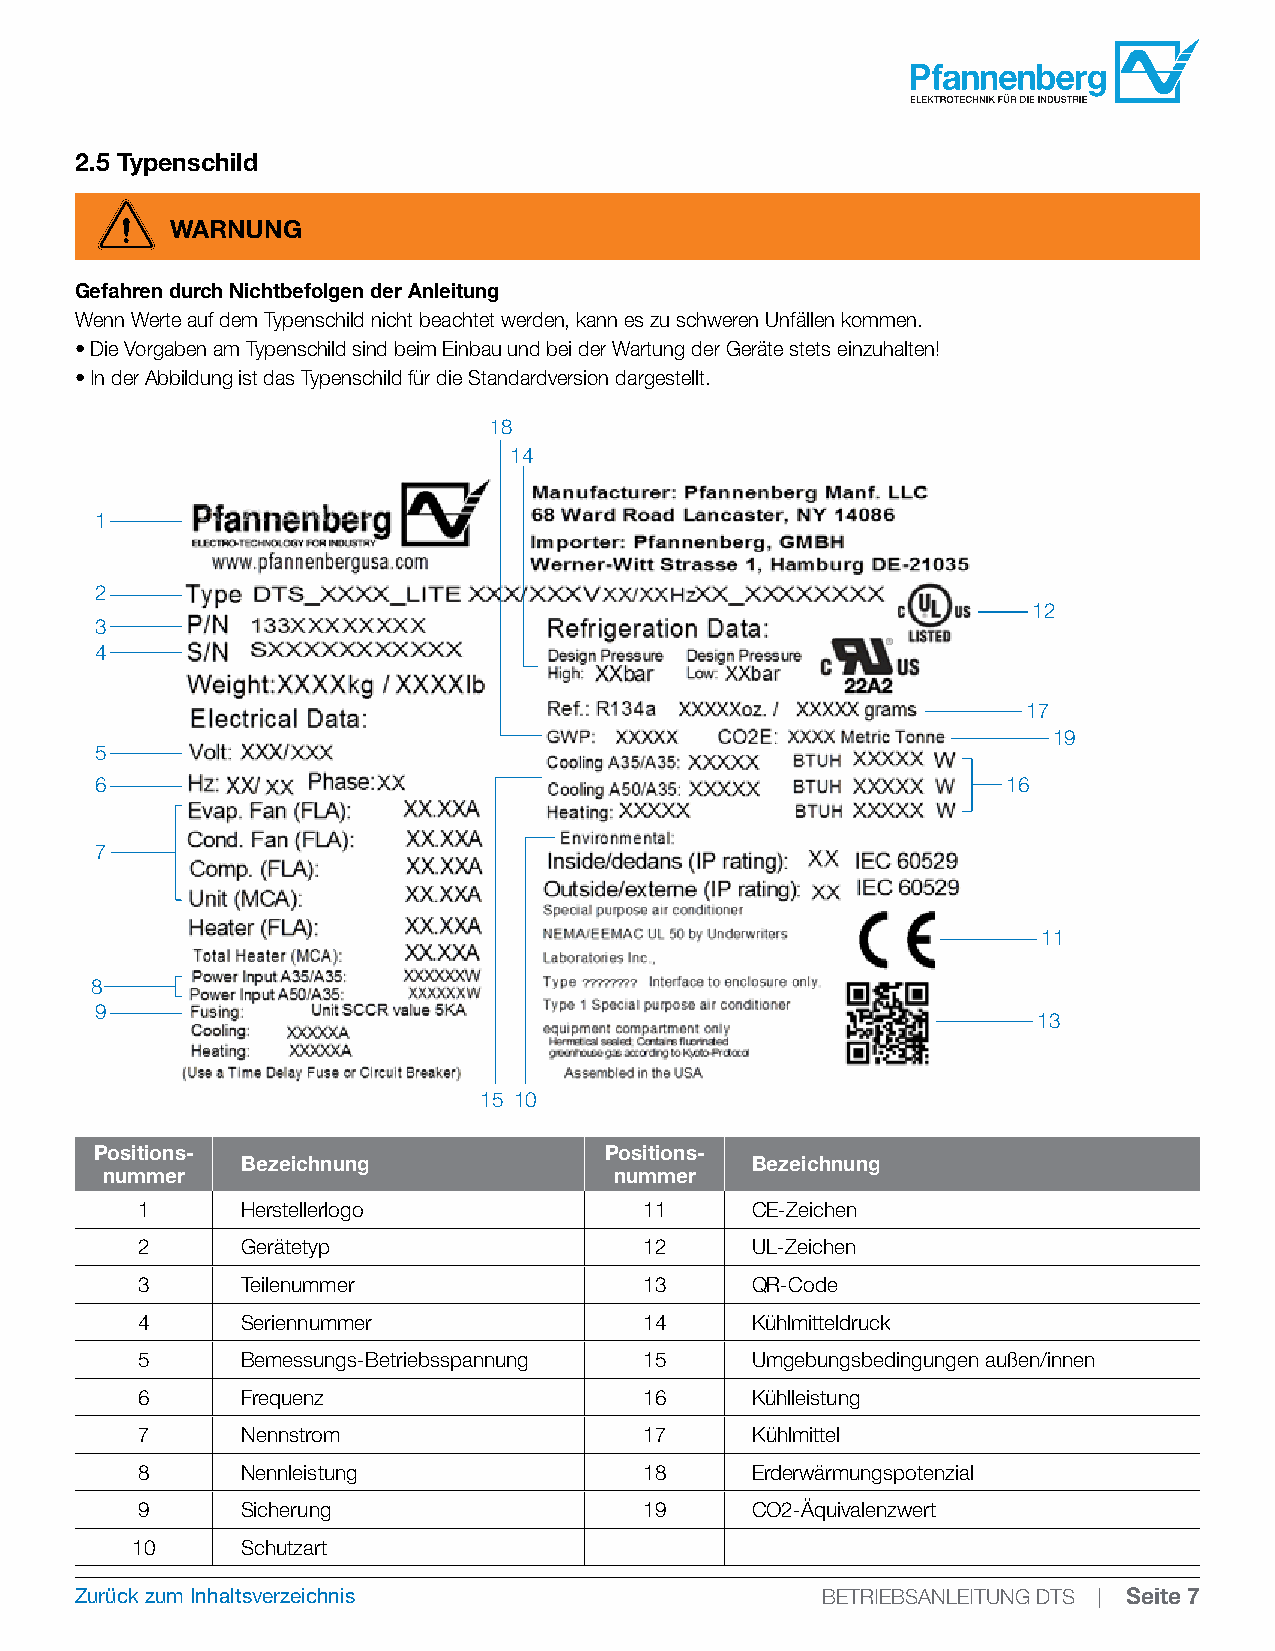
2.5 Typenschild
 WARNUNG
 Gefahren durch Nichtbefolgen der Anleitung
 Wenn Werte auf dem Typenschild nicht beachtet werden, kann es zu schweren Unfällen kommen.
 • Die Vorgaben am Typenschild sind beim Einbau und bei der Wartung der Geräte stets einzuhalten!
 • In der Abbildung ist das Typenschild für die Standardversion dargestellt.
 14
 1
 2
 12
 3
 4
 17
 19
 5
 6                                                            16
 7
 11
 8
 9
 13
 15 10
 Positions-                        Positions-
 Bezeichnung                       Bezeichnung
 nummer                            nummer
 1      Herstellerlogo             11     CE-Zeichen
 2      Gerätetyp                  12     UL-Zeichen
 3      Teilenummer                13     QR-Code
 4      Seriennummer               14     Kühlmitteldruck
 5      Bemessungs-Betriebsspannung 15    Umgebungsbedingungen außen/innen
 6      Frequenz                   16     Kühlleistung
 7      Nennstrom                  17     Kühlmittel
 8      Nennleistung               18     Erderwärmungspotenzial
 9      Sicherung                  19     CO2-Äquivalenzwert
 10     Schutzart
 Zurück zum Inhaltsverzeichnis                    BETRIEBSANLEITUNG DTS | Seite 7